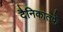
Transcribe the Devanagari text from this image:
दैनिकातर्फे